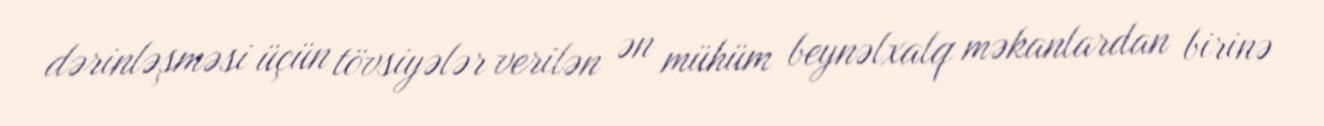
dərinləşməsi üçün tövsiyələr verilən ən mühüm beynəlxalq məkanlardan birinə